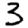
Digit: 3